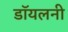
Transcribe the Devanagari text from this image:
डॉयलनी